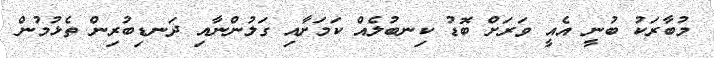
މުބާރަކު ބުނީ އެއީ ވަރަށް ބޮޑު ކިނބުލެއް ކަމަށާއި ގަލުންނާއި ދަނޑިބުރިން ތެޅުމުން